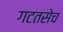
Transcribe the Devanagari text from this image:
गटतसेच